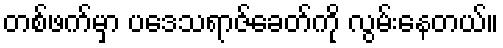
တစ်ဖက်မှာ ပဒေသရာဇ်ခေတ်ကို လွမ်းနေတယ်။